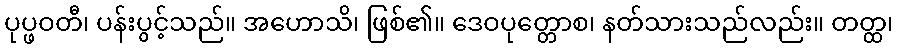
ပုပ္ဖဝတီ၊ ပန်းပွင့်သည်။ အဟောသိ၊ ဖြစ်၏။ ဒေဝပုတ္တောစ၊ နတ်သားသည်လည်း။ တတ္ထ၊